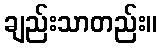
ချည်းသာတည်း။